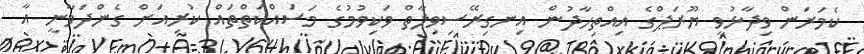
ކެމަރަން ވިދާޅުވީ ޔޫރަޕްގެ އިއްތިހާދުން އިނގިރޭސިވިލާތް ވަކިވުމުގެ މަސައްކަތްތައް ކުރިއަށް ގެންދަވާނީ އާ